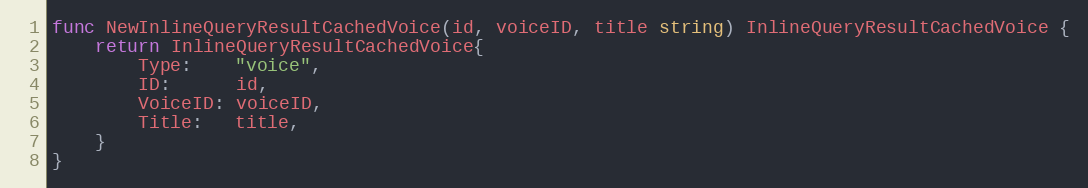
Language: Go
func NewInlineQueryResultCachedVoice(id, voiceID, title string) InlineQueryResultCachedVoice {
	return InlineQueryResultCachedVoice{
		Type:    "voice",
		ID:      id,
		VoiceID: voiceID,
		Title:   title,
	}
}